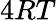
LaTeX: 4RT